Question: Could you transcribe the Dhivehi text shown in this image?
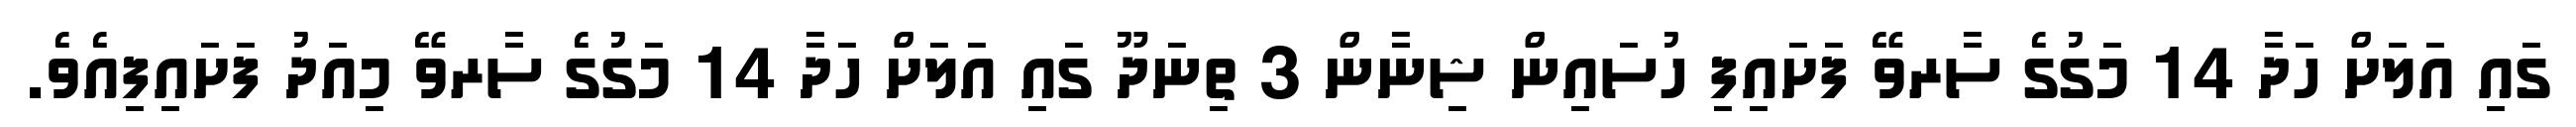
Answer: ގައި އަލަށް ހަދާ 14 މަގުގެ ސާރވޭ ފަށައިފި ހުސައިން ޝިނާން 3 ތިނަދޫ ގައި އަލަށް ހަދާ 14 މަގުގެ ސާރވޭ މިއަދު ފަށައިފިއެވެ.